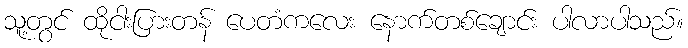
သူ့တွင် ထိုငါးပြားတန် ပေတံကလေး နောက်တစ်ချောင်း ပါလာပါသည်။